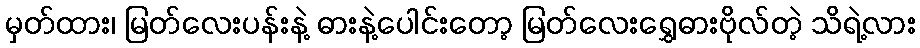
မှတ်ထား၊ မြတ်လေးပန်းနဲ့ ဓားနဲ့ပေါင်းတော့ မြတ်လေးရွှေဓားဗိုလ်တဲ့ သိရဲ့လား